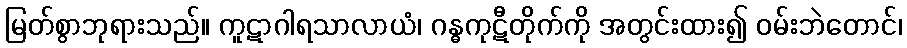
မြတ်စွာဘုရားသည်။ ကူဋာဂါရသာလာယံ၊ ဂန္ဓကုဋီတိုက်ကို အတွင်းထား၍ ဝမ်းဘဲတောင်၊